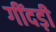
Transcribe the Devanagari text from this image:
गींदड़ी